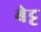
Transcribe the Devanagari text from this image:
बेट्ट